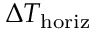
\Delta T _ { \mathrm { h o r i z } }